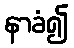
နာခံ၍